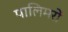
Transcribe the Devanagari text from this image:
पालिमरों